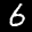
Label: 6